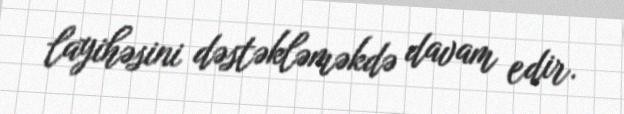
layihəsini dəstəkləməkdə davam edir.